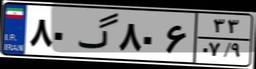
۸۰گ۸۰۶۳۳